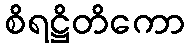
စိရဋ္ဌိတိကော